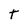
Character: t